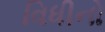
વિધીનો